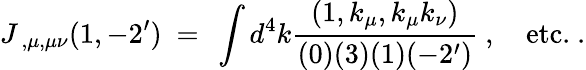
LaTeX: J_{\ ,\mu,\mu\nu}(1,-2^{\prime})\ =\ \int d^{4}k\frac{(1,k_{\mu},k_{\mu}k_{\nu})}{(0)(3)(1)(-2^{\prime})}\ ,\ \ \ \ \mathrm{etc.}\ .